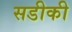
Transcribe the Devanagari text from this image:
सडीकी